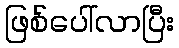
ဖြစ်ပေါ်လာပြီး